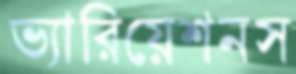
ভ্যারিয়েশনস